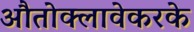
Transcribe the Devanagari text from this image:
औतोक्लावेकरके